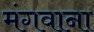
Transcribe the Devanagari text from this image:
मंगवाना